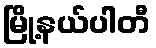
မြို့နယ်ပါတီ